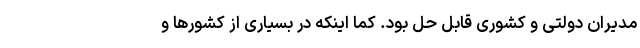
مدیران دولتی و کشوری قابل حل بود. کما اینکه در بسیاری از کشورها و